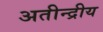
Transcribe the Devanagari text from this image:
अतीन्‍द्रीय